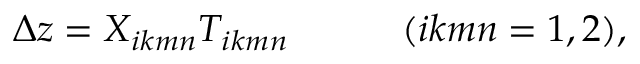
\Delta z = X _ { i k m n } T _ { i k m n } ~ ~ ~ ~ ~ ~ ~ ~ ~ ( i k m n = 1 , 2 ) ,